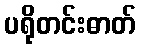
ပရိုတင်းဓာတ်